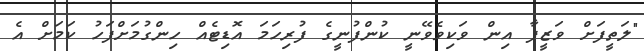
"ލަތީފަށް ވަޒީފާ އިން ވަކިވެވޭނީ ކުންފުނީގެ ފުރިހަމަ އޮޑިޓެއް ހިންގުމަށްފަހު ކަމަށް އެ